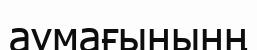
аумағынынң